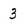
Character: 3